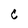
Character: C